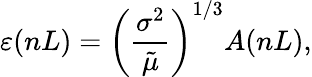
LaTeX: \varepsilon(nL)=\left(\frac{\sigma^{2}}{\tilde{\mu}}\right)^{1/3}A(nL),